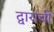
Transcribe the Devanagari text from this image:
द्वाराची